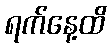
ရက်နေ့ထိ